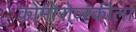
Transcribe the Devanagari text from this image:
कोमोरोव्स्कीला